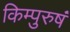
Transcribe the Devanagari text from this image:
किम्पुरुषं